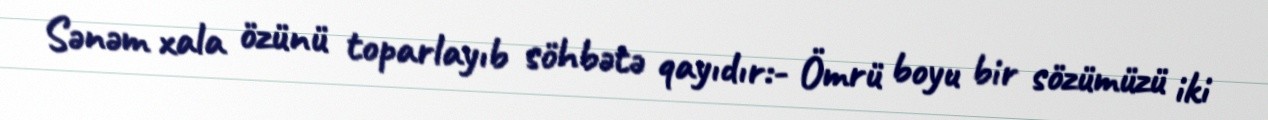
Sənəm xala özünü toparlayıb söhbətə qayıdır:- Ömrü boyu bir sözümüzü iki